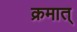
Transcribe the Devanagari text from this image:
क्रमात्